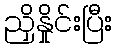
ညှိနှိုင်းပြီး